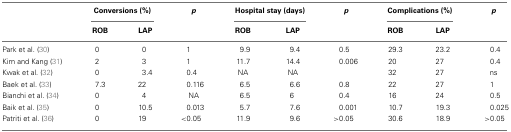
<table><thead><tr><td></td><td colspan="2"><b>Conversions (%)</b></td><td><b><i>p</i></b></td><td colspan="2"><b>Hospital stay (days)</b></td><td><b><i>p</i></b></td><td colspan="2"><b>Complications (%)</b></td><td><b> <i>p</i></b></td></tr><tr><td></td><td><b>ROB</b></td><td><b>LAP</b></td><td></td><td><b>ROB</b></td><td><b>LAP</b></td><td></td><td><b>ROB</b></td><td><b>LAP</b></td><td></td></tr></thead><tbody><tr><td>Park et al. (30)</td><td>0</td><td>0</td><td>1</td><td>9.9</td><td>9.4</td><td>0.5</td><td>29.3</td><td>23.2</td><td>0.4</td></tr><tr><td>Kim and Kang (31)</td><td>2</td><td>3</td><td>1</td><td>11.7</td><td>14.4</td><td>0.006</td><td>20</td><td>27</td><td>0.4</td></tr><tr><td>Kwak et al. (32)</td><td>0</td><td>3.4</td><td>0.4</td><td>NA</td><td>NA</td><td></td><td>32</td><td>27</td><td> ns</td></tr><tr><td>Baek et al. (33)</td><td>7.3</td><td>22</td><td>0.116</td><td>6.5</td><td>6.6</td><td>0.8</td><td>22</td><td>27</td><td>1</td></tr><tr><td>Bianchi et al. (34)</td><td>0</td><td>4</td><td>NA</td><td>6.5</td><td>6</td><td>0.4</td><td>16</td><td>24</td><td>0.5</td></tr><tr><td>Baik et al. (35)</td><td>0</td><td>10.5</td><td>0.013</td><td>5.7</td><td>7.6</td><td>0.001</td><td>10.7</td><td>19.3</td><td>0.025</td></tr><tr><td>Patriti et al. (36)</td><td>0</td><td>19</td><td>&lt;0.05</td><td>11.9</td><td>9.6</td><td>&gt;0.05</td><td>30.6</td><td>18.9</td><td>&gt;0.05</td></tr></tbody></table>